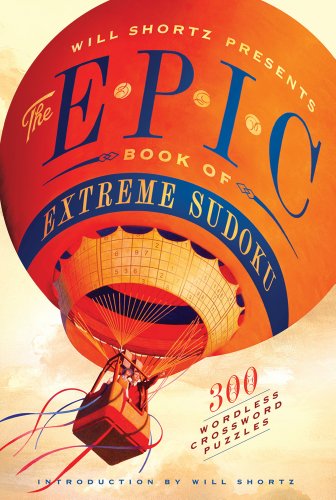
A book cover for Will Shortz Presents The Epic Book of Extreme Sudoku: 300 Challenging Puzzles; Humor & Entertainment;